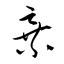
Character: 弃